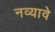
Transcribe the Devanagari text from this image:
नव्यावे